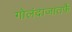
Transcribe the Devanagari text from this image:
गोलंदाजातर्फे